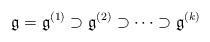
LaTeX: \begin{align*} \mathfrak g=\mathfrak g^{(1)}\supset\mathfrak g^{(2)}\supset\dots \supset \mathfrak g^{(k)}\end{align*}